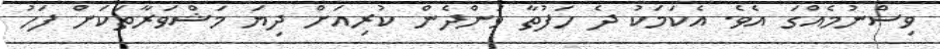
ވިސްނުމެއްގަ އެވެ. އެކަމަކު ދެ ހަފުތާ ވަންދެން ކުރިއަށް ދިޔަ މަޝްވަރާތަކަށް ފަހު